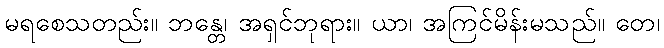
မရစေသတည်း။ ဘန္တေ၊ အရှင်ဘုရား။ ယာ၊ အကြင်မိန်းမသည်။ တေ၊